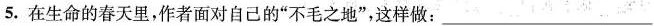
5.在生命的春天里，作者面对自己的”不毛之地”，这样做：___